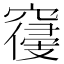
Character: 𱷔